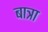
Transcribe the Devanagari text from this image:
बात्रा